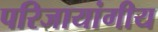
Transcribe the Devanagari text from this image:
परिजायांगीय